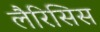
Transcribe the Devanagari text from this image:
लैरिसिस